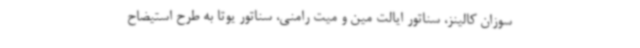
سوزان کالینز، سناتور ایالت مین و میت رامنی، سناتور یوتا به طرح استیضاح